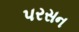
પરસન